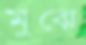
মুঝে